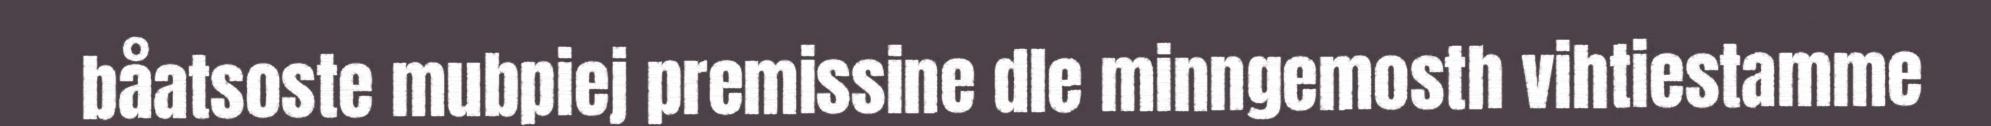
båatsoste mubpiej premissine dle minngemosth vihtiestamme